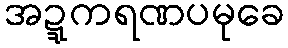
အဍ္ဍကရဏပမုခေ